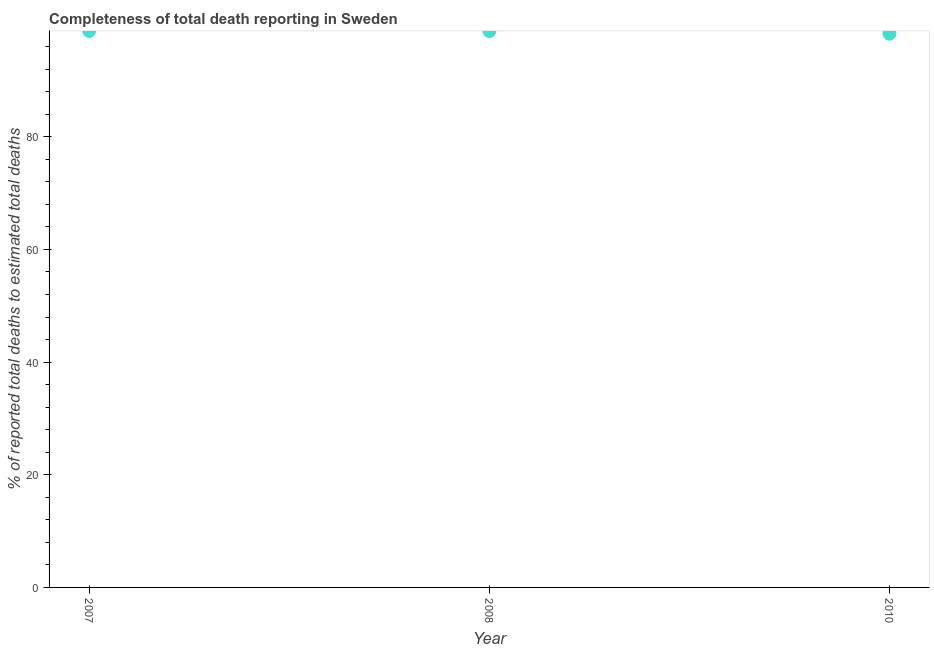
| Year | Completeness of total death reporting  |
 | --- | --- |
 | 2007 | 98.8 |
 | 2008 | 98.8 |
 | 2010 | 98.3 |